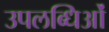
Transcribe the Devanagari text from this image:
उपलब्धिओं